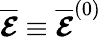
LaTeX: \overline{{\boldsymbol{\mathcal{E}}}}\equiv\overline{{\boldsymbol{\mathcal{E}}}}^{(0)}